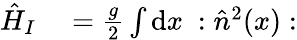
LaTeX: \begin{array}{rl}{\hat{H}_{I}}&{{}=\frac{g}{2}\int\mathrm{d}x~:\hat{n}^{2}(x):}\end{array}